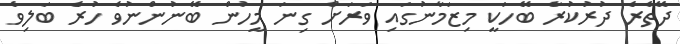
ދޭތެރެ ދުރުކުރާ ބޭހަކީ މިޒަމާނުގައި ވަރަށް ގިނަ މީހުން ބޭނުންނުވެ ހުރެ ބަލިވެ